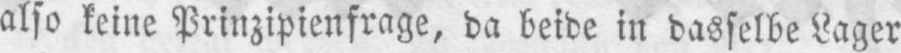
also keine Prinzipienfrage, da beide in dasselbe Lager